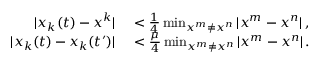
\begin{array} { r l } { | x _ { k } ( t ) - x ^ { k } | } & { { } < \frac { 1 } { 4 } \operatorname* { m i n } _ { x ^ { m } \neq x ^ { n } } | x ^ { m } - x ^ { n } | \, , } \\ { | x _ { k } ( t ) - x _ { k } ( t ^ { \prime } ) | } & { { } < \frac { \mu } { 4 } \operatorname* { m i n } _ { x ^ { m } \neq x ^ { n } } | x ^ { m } - x ^ { n } | \, . } \end{array}